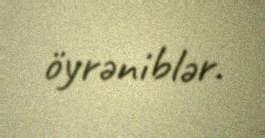
öyrəniblər.